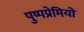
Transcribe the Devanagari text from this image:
पुष्पप्रेमियों